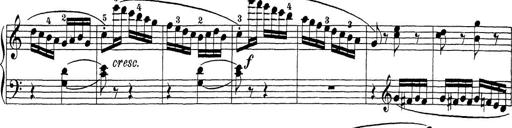
Title: Sonatina Album
Composer: Louis KÃ¶hler